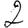
Digit: 2